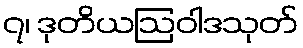
၇၊ ဒုတိယဩဝါဒသုတ်